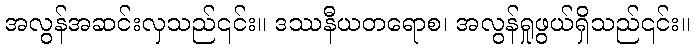
အလွန်အဆင်းလှသည်၎င်း။ ဒဿနီယတရောစ၊ အလွန်ရှုဖွယ်ရှိသည်၎င်း။